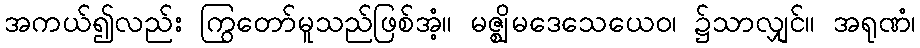
အကယ်၍လည်း ကြွတော်မူသည်ဖြစ်အံ့။ မဇ္ဈိမဒေသေယေဝ၊ ၌သာလျှင်။ အရုဏံ၊